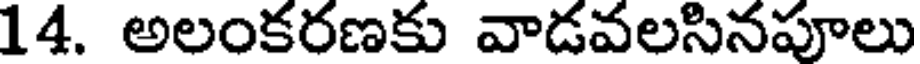
14. అలంకరణకు వాడవలసినపూలు